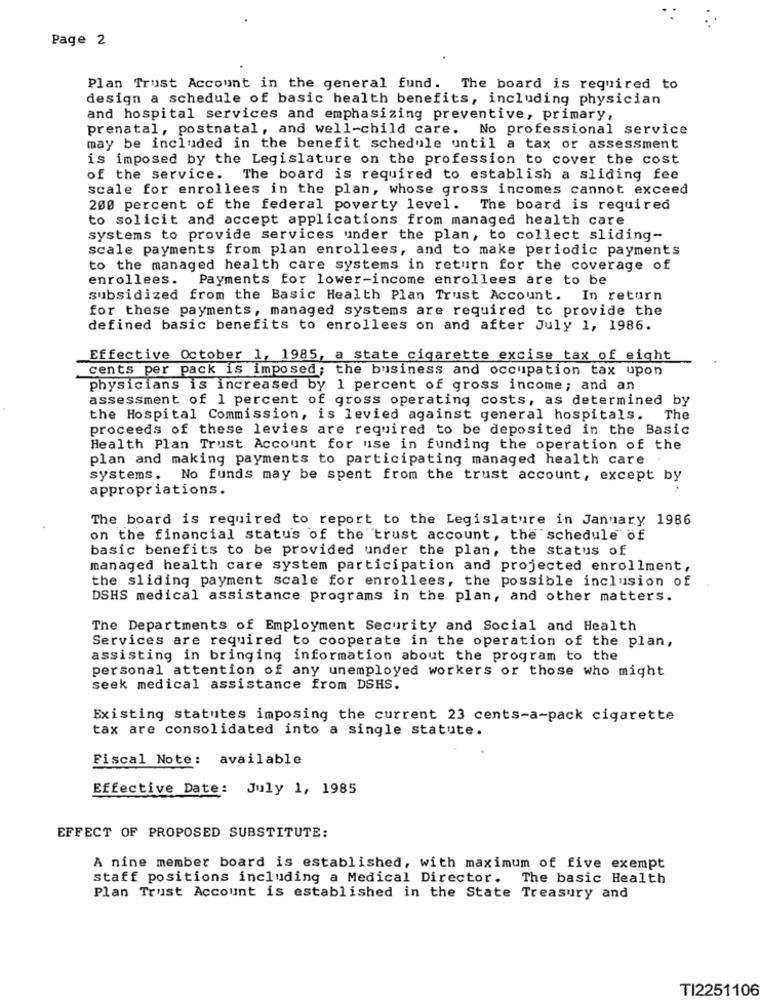
Page 2
Plan Trust Account in the general fund. The board is required to
design a schedule of basic health benefits, including physician
and hospital services and emphasizing preventive, primary,
prenatal, postnatal, and well-child care. No professional service
may be included in the benefit schedule until a tax or assessment
is imposed by the Legislature on the profession to cover the cost
of the service. The board is required to establish a sliding fee
scale for enrollees in the plan, whose gross incomes cannot exceed
200 percent of the federal poverty level. The board is required
to solicit and accept applications from managed health care
systems to provide services under the plan, to collect sliding-
scale payments from plan enrollees, and to make periodic payments
to the managed health care systems in return for the coverage of
enrollees. Payments for lower-income enrollees are to be
subsidized from the Basic Health Plan Trust Account. In return
for these payments, managed systems are required to provide the
defined basic benefits to enrollees on and after July 1, 1986.
Effective October 1, 1985, a state cigarette excise tax of eight
cents per pack is imposed; the business and occupation tax upon
physicians is increased by 1 percent of gross income; and an
assessment of 1 percent of gross operating costs, as determined by
the Hospital Commission, is levied against general hospitals. The
proceeds of these levies are required to be deposited in the Basic
Health Plan Trust Account for use in funding the operation of the
plan and making payments to participating managed health care
systems. No funds may be spent from the trust account, except by
appropriations.
The board is required to report to the Legislature in January 1986
on the financial status of the trust account, the schedule of
basic benefits to be provided under the plan, the status of
managed health care system participation and projected enrollment,
the sliding payment scale for enrollees, the possible inclusion of
DSHS medical assistance programs in the plan, and other matters.
The Departments of Employment Security and Social and Health
Services are required to cooperate in the operation of the plan,
assisting in bringing information about the program to the
personal attention of any unemployed workers or those who might
seek medical assistance from DSHS.
Existing statutes imposing the current 23 cents-a-pack cigarette
tax are consolidated into a single statute.
Fiscal Note: available
Effective Date: July 1, 1985
EFFECT OF PROPOSED SUBSTITUTE:
A nine member board is established, with maximum of five exempt
staff positions including a Medical Director. The basic Health
Plan Trust Account is established in the State Treasury and
TI2251106